Report on the working of the Ranchi Indian Mental Hospital, Kanke, in Bihar and Orissa - 1930-1940
Year: 1930
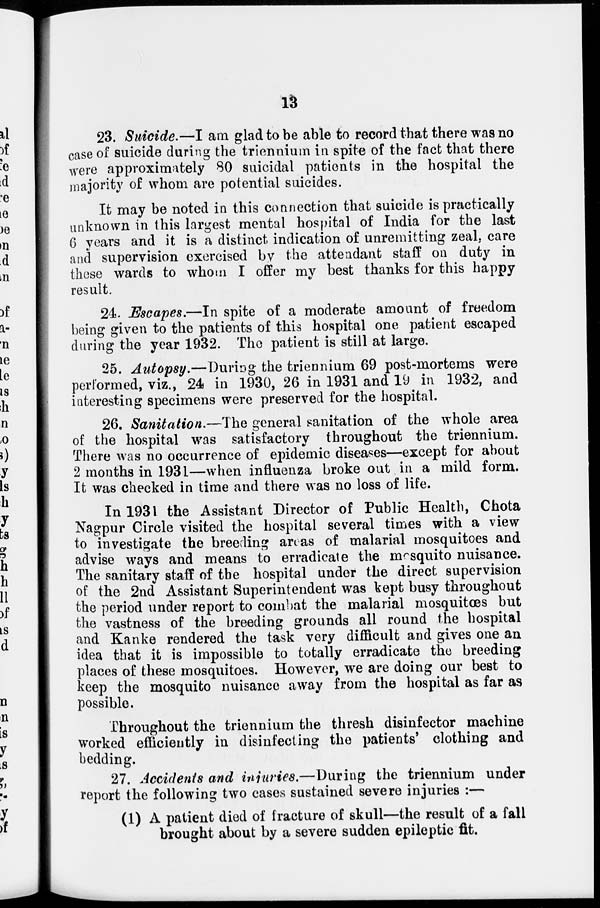
13
23. Suicide.—I am glad to be able to record that there was no
case of suicide during the triennium in spite of the fact that there
were approximately 80 suicidal patients in the hospital the
majority of whom are potential suicides.
It may be noted in this connection that suicide is practically
unknown in this largest mental hospital of India for the last
6 years and it is a distinct, indication of unremitting zeal, care
and supervision exercised by the attendant staff on duty in
these wards to whom I offer my best thanks for this happy
result.
24. Escapes.—In spite of a moderate amount of freedom
being given to the patients of this hospital one patient escaped
during the year 1932. The patient is still at large.
25. Autopsy.—During the triennium 69 post-mortems were
performed, viz., 24 in 1930, 26 in 1931 and 19 in 1932, and
interesting specimens were preserved for the hospital.
26. Sanitation.—The general sanitation of the whole area
of the hospital was satisfactory throughout the triennium.
There was no occurrence of epidemic diseases—except for about
2 months in 1931—when influenza broke out in a mild form.
It was checked in time and there was no loss of life.
In 1931 the Assistant Director of Public Health, Chota
Nagpur Circle visited the hospital several times with a view
to investigate the breeding areas of malarial mosquitoes and
advise ways and means to erradicate the mosquito nuisance.
The sanitary staff of the hospital under the direct supervision
of the 2nd Assistant Superintendent was kept busy throughout
the period under report to combat the malarial mosquitœs but
the vastness of the breeding grounds all round the hospital
and Kanke rendered the task very difficult and gives one an
idea that it is impossible to totally erradicate the breeding
places of these mosquitoes. However, we are doing our best to
keep the mosquito nuisance away from the hospital as far as
possible.
Throughout the triennium the thresh disinfector machine
worked efficiently in disinfecting the patients' clothing and
bedding.
27. Accidents and injuries.—During the triennium under
report the following two cases sustained severe injuries :—
(1) A patient died of fracture of skull—the result of a fall
brought about by a severe sudden epileptic fit.